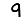
Digit: 9